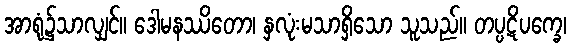
အာရုံ၌သာလျှင်။ ဒေါမနဿိတော၊ နှလုံးမသာရှိသော သူသည်။ တပ္ပဋိပက္ခေ၊